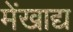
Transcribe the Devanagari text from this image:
मेंखाद्य